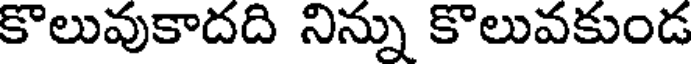
కొలువుకాదది నిన్ను కొలువకుండ